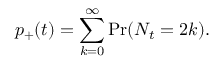
p _ { + } ( t ) = \sum _ { k = 0 } ^ { \infty } \operatorname* { P r } ( N _ { t } = 2 k ) .